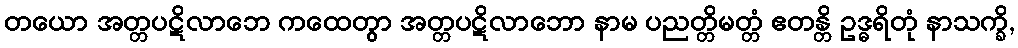
တယော အတ္တပဋိလာဘေ ကထေတွာ အတ္တပဋိလာဘော နာမ ပညတ္တိမတ္တံ ဧတန္တိ ဥဒ္ဓရိတုံ နာသက္ခိ,